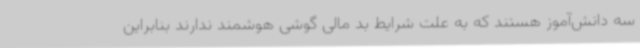
سه دانش‌آموز هستند که به علت شرایط بد مالی گوشی هوشمند ندارند بنابراین